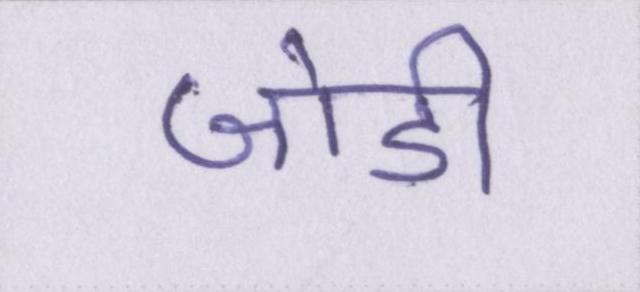
जोडी